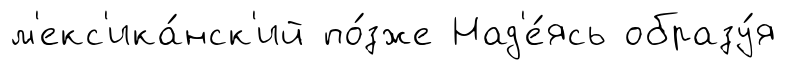
м'екс'ика́нск'ий по́зже Над'е́ясь образу́я